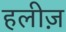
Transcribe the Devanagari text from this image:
हलीज़